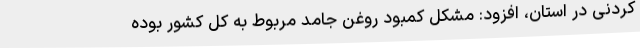
کردنی در استان، افزود: مشکل کمبود روغن جامد مربوط به کل کشور بوده